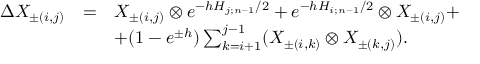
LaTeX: \begin{array} { l c l } { { \Delta X _ { \pm ( i , j ) } } } & { { = } } & { { X _ { \pm ( i , j ) } \otimes e ^ { - h H _ { j ; n - 1 } / 2 } + e ^ { - h H _ { i ; n - 1 } / 2 } \otimes X _ { \pm ( i , j ) } + } } \\ { { } } & { { } } & { { + ( 1 - e ^ { \pm h } ) \sum _ { k = i + 1 } ^ { j - 1 } ( X _ { \pm ( i , k ) } \otimes X _ { \pm ( k , j ) } ) . } } \end{array}